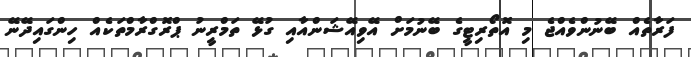
ފަރާތެއް ބޭނުންވެއްޖެ މި އޮތޯރިޓީގެ ބޭނުމަށް އޭވިއޭޝަންއާއި ގުޅޭ ތަމްރީނު ޕްރޮގްރާމްތަކެއް ހިންގައިދޭނޭ